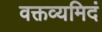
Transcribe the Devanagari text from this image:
वक्तव्यमिदं